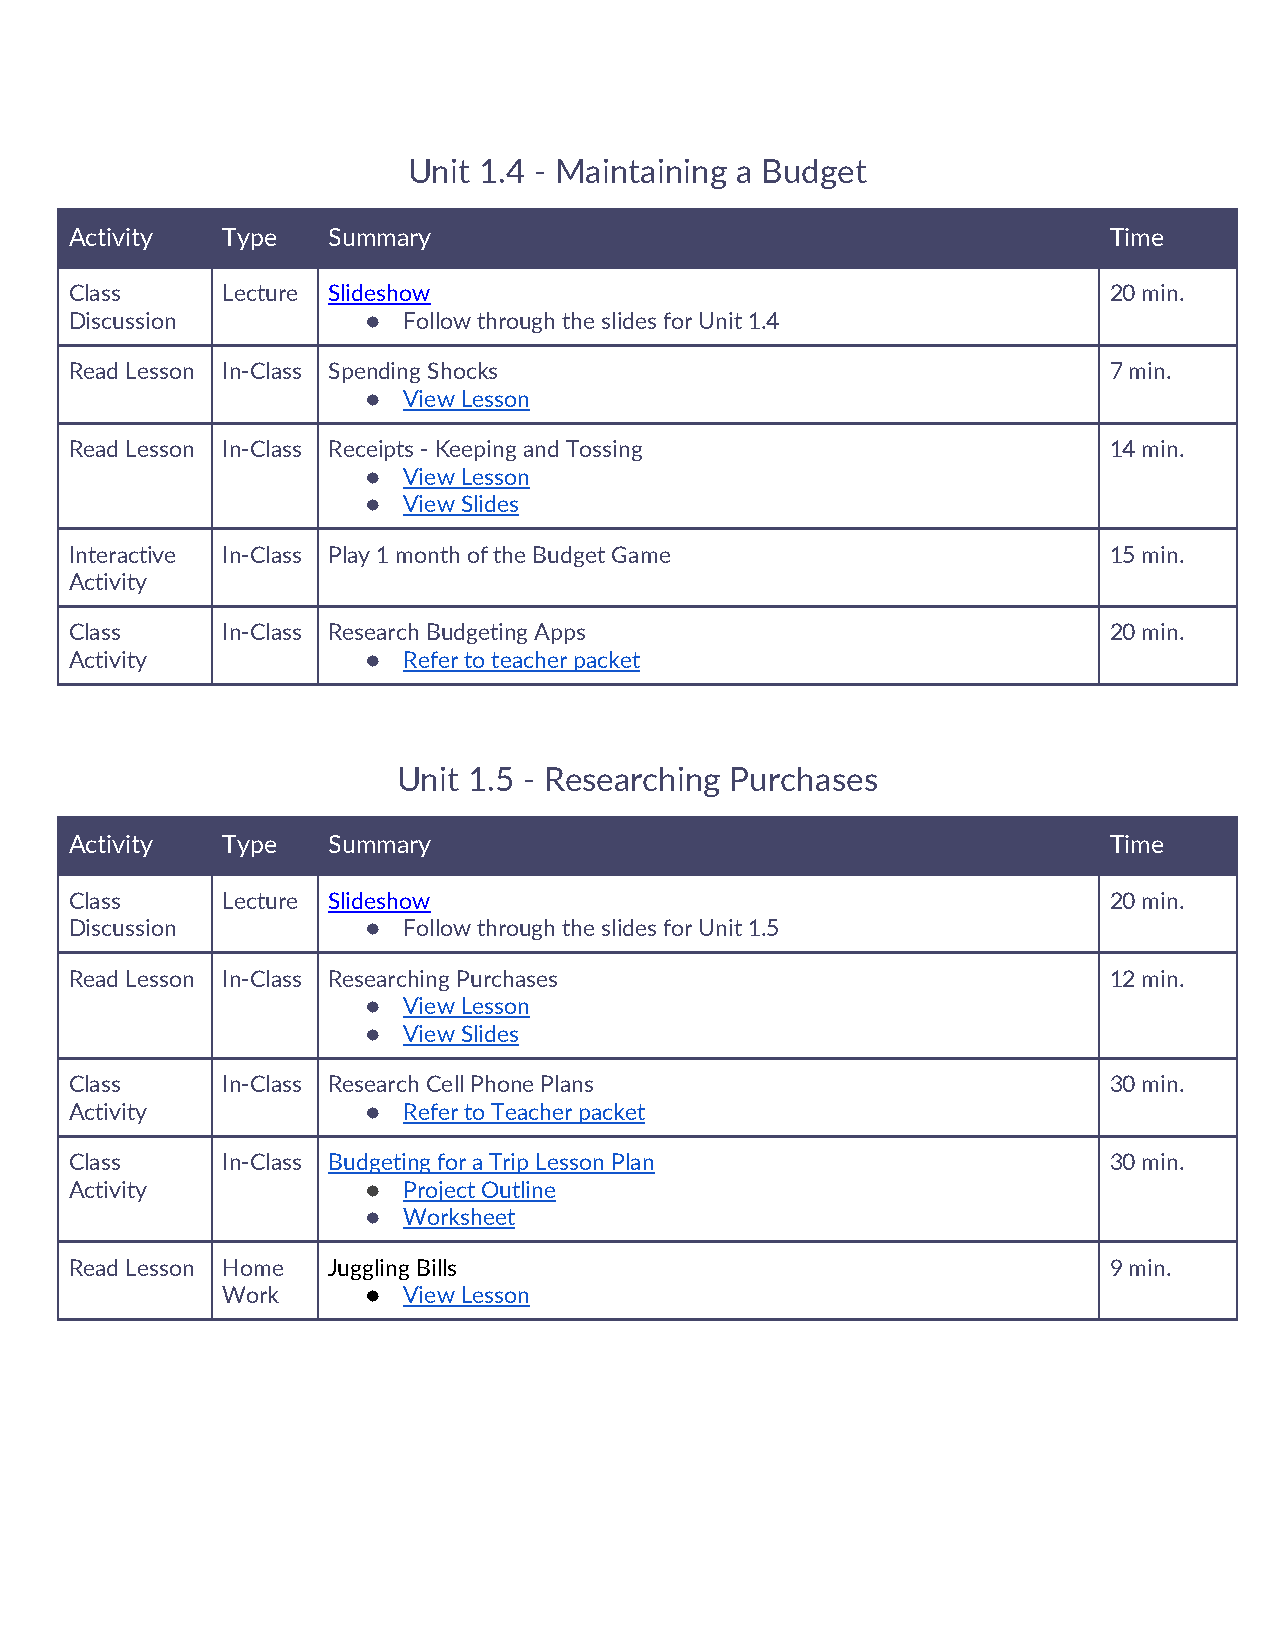
Unit 1.4 - Maintaining a Budget
 Activity  Type   Summary                                            Time
 Class     Lecture Slideshow                                         20 min.
 Discussion         ●  Follow through the slides for Unit 1.4
 Read Lesson In-Class Spending Shocks                                7 min.
 ●  View Lesson
 Read Lesson In-Class Receipts - Keeping and Tossing                 14 min.
 ●  View Lesson
 ●  View Slides
 Interactive In-Class Play 1 month of the Budget Game                15 min.
 Activity
 Class     In-Class Research Budgeting Apps                          20 min.
 Activity           ●  Refer to teacher packet
 Unit 1.5 - Researching Purchases
 Activity  Type   Summary                                            Time
 Class     Lecture Slideshow                                         20 min.
 Discussion         ●  Follow through the slides for Unit 1.5
 Read Lesson In-Class Researching Purchases                          12 min.
 ●  View Lesson
 ●  View Slides
 Class     In-Class Research Cell Phone Plans                        30 min.
 Activity           ●  Refer to Teacher packet
 Class     In-Class Budgeting for a Trip Lesson Plan                 30 min.
 Activity           ●  Project Outline
 ●  Worksheet
 Read Lesson Home Juggling Bills                                     9 min.
 Work     ●  View Lesson